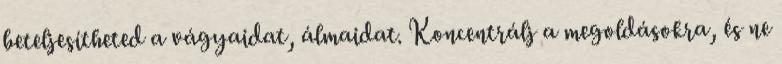
beteljesítheted a vágyaidat, álmaidat. Koncentrálj a megoldásokra, és ne